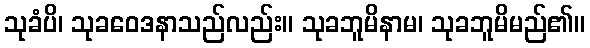
သုခံပိ၊ သုခဝေဒနာသည်လည်း။ သုခဘူမိနာမ၊ သုခဘူမိမည်၏။